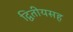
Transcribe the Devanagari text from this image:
द्वितीयसह